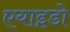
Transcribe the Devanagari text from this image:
एयाइडो